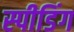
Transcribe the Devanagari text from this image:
स्‍पीडिंग